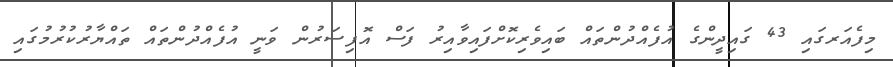
މިފެއަރގައި 43 ގައިދީންގެ އުފެއްދުންތައް ބައިވެރިކޮށްފައިވާއިރު ފަސް އޮފިސަރުން ވަނީ އުފެއްދުންތައް ތައްޔާރުކުރުމުގައި